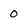
Character: 0